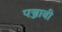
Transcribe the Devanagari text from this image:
पञ्जाबी